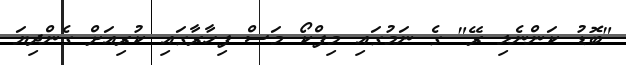
"ބޮޑު ކަންނެލި ރޭ" ގެ ނަމުގައި މިފްކޯ މަސް ފިހާރާގައި ކުރިއަށް ގެންދިޔަ